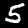
Digit: 5